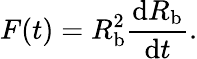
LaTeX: F(t)=R_{\mathrm{b}}^{2}\frac{\mathrm dR_{\mathrm{b}}}{\mathrm dt}.